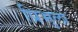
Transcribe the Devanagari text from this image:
प्रिभुला